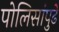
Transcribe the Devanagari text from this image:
पोलिसांपुढे